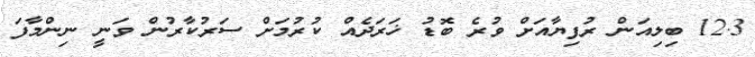
12.3 ބިލިއަން ރުފިޔާއަށް ވުރެ ބޮޑު ޚަރަދެއް ކުރުމަށް ސަރުކާރުން ވަނީ ނިންމާފަ